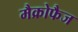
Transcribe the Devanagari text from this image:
मैक्रोफैज